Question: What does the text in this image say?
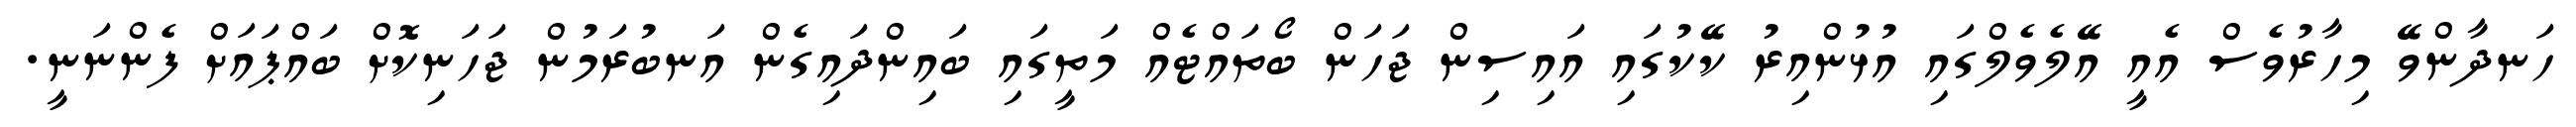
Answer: ހަނދާންވޭ މިހާރުވެސް އެއީ އޭލެވެލްގައި އުޅުންއިރު ކޭކުގައި އައިސިން ޖަހަން ބޯތައްޓެއް މަތީގައި ބައިންދައިގެން އަނބުރަމުން ޖަހަނިކޮށް ބައްޕައަށް ފެންނަނީ.